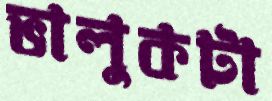
ভালুকটা